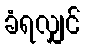
ခံရလျှင်